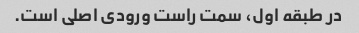
در طبقه اول، سمت راست ورودی اصلی است.